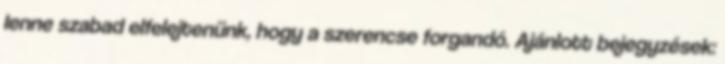
lenne szabad elfelejtenünk, hogy a szerencse forgandó. Ajánlott bejegyzések: